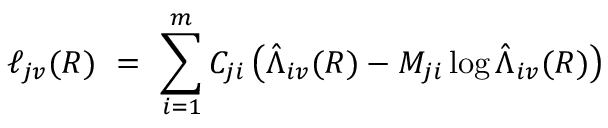
\ell _ { j v } ( R ) \ = \ \sum _ { i = 1 } ^ { m } C _ { j i } \left( \hat { \Lambda } _ { i v } ( R ) - M _ { j i } \log \hat { \Lambda } _ { i v } ( R ) \right)